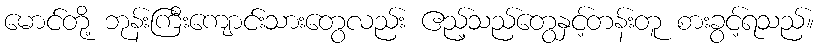
မောင်တို့ ဘုန်းကြီးကျောင်းသားတွေလည်း ဧည့်သည်တွေနှင့်တန်းတူ စားခွင့်ရသည်။